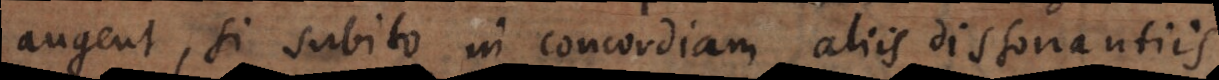
augent, si subito in concordiam aliis dissonantiis